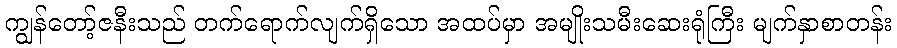
ကျွန်တော့်ဇနီးသည် တက်ရောက်လျက်ရှိသော အထပ်မှာ အမျိုးသမီးဆေးရုံကြီး မျက်နှာစာတန်း